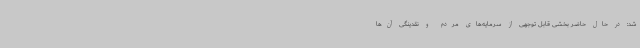
شد: در حال حاضر بخشی قابل توجهی از سرمایه‌های مردم و نقدینگی آن‌ها